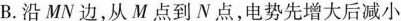
B.沿MN边，从M点到N点，电势先增大后减小